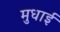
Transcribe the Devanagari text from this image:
मुधाई